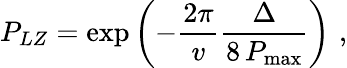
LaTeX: P_{LZ}=\exp{\left(-\frac{2\pi}{v}\frac{\Delta}{8\, P_{\mathrm{max}}}\right)}\, \, ,